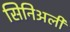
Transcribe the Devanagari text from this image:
सिनिअली